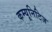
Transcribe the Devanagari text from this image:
कम्यूनिटिज